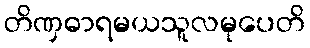
တိဏှဓာရမယသူလမုပေတိ